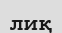
лиқ